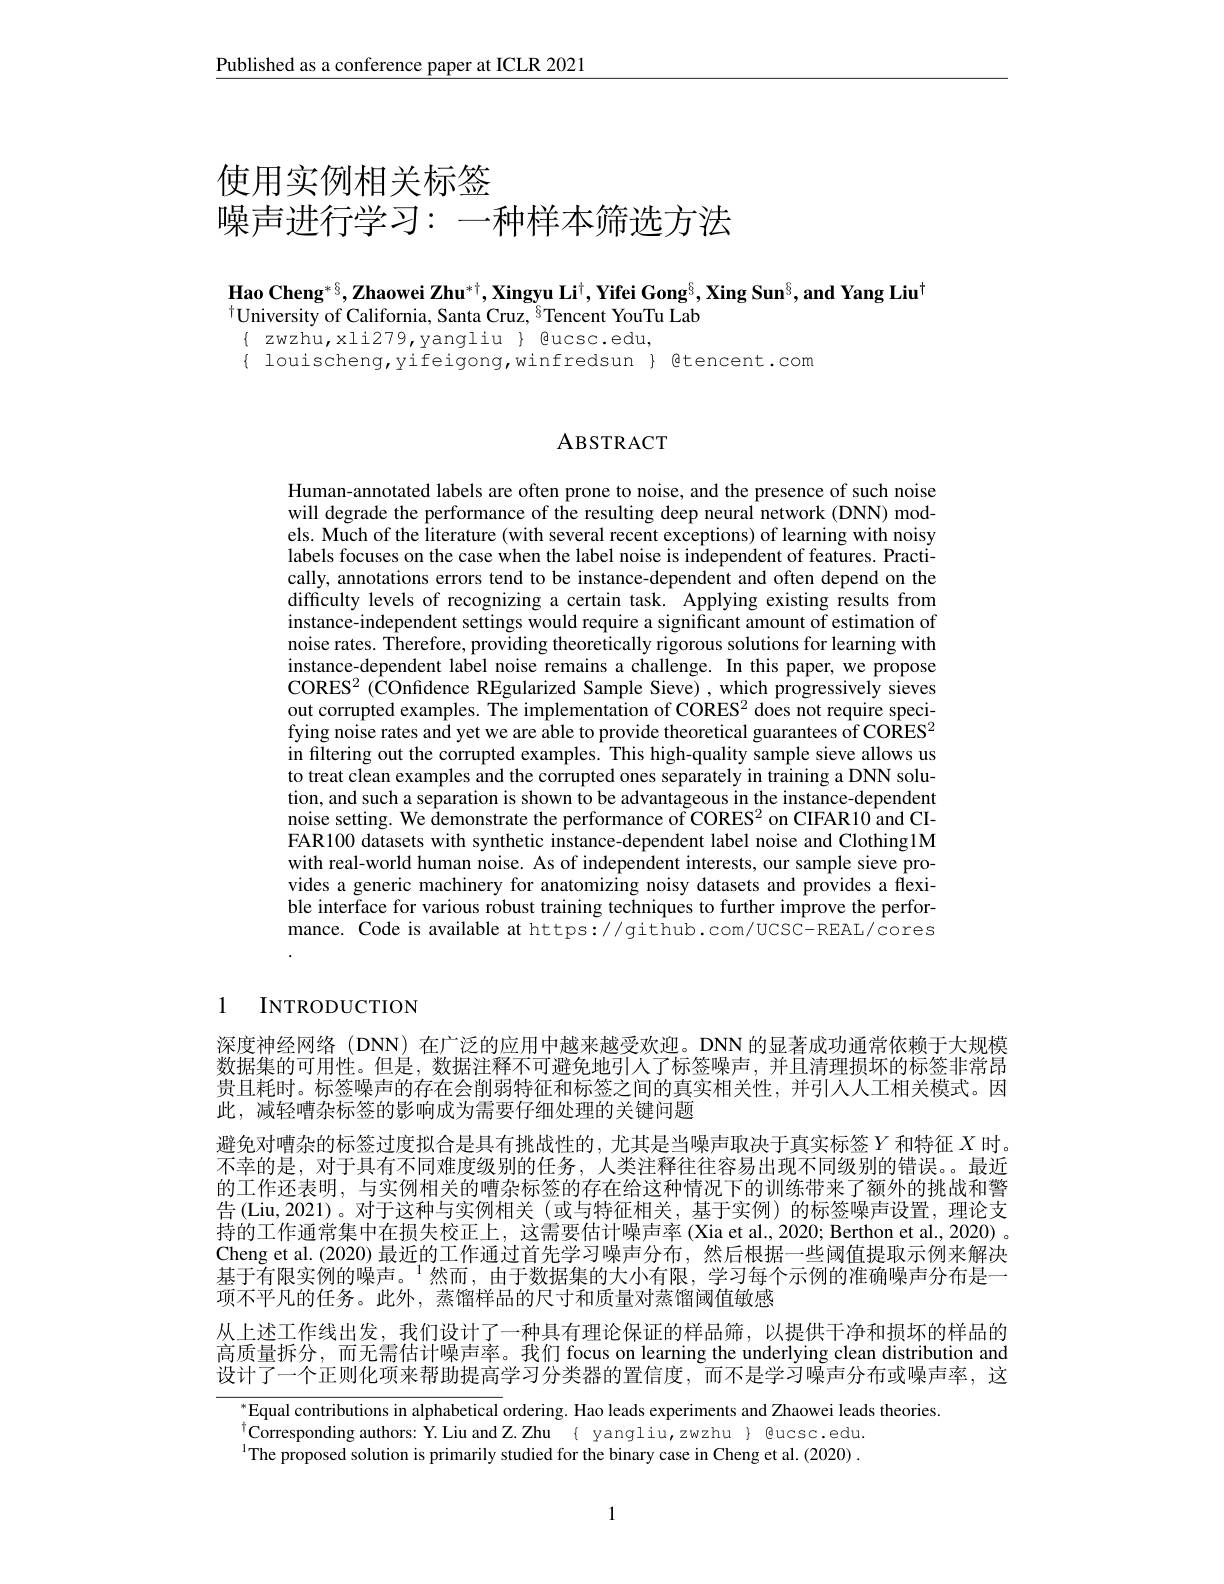
$\underline{\text{Published as a conference paper at ICLR 2021}}$

# 使用实例相关标签噪声进行学习：一种样本筛选方法

Hao Cheng$^*\frac\delta3,\textbf{Zhaowei Zhu}^{*\dagger},\textbf{Xingyu Li}^\dagger,\textbf{Yifei Gong}^{6},\textbf{Xing Sun}^{§},\textbf{and Yang Liu}^{\dagger}$
$^{\dagger}$University of California, Santa Cruz, $^{8}$Tencent YouTu Lab
$\{ zwzhu, xli279,yangliu \} @ucsc.edu$,

$\{$ louischeng,yifeigong,winfredsun $\}$ gtencent.com

### ABSTRACT

Human-annotated labels are often prone to noise, and the presence of such noise will degrade the performance of the resulting deep neural network (DNN) models. Much of the literature (with several recent exceptions) of learning with noisy labels focuses on the case when the label noise is independent of features. Practically, annotations errors tend to be instance-dependent and often depend on the difficulty levels of recognizing a certain task. Applying existing results from instance-independent settings would require a significant amount of estimation of noise rates. Therefore, providing theoretically rigorous solutions for learning with instance-dependent label noise remains a challenge. In this paper, we propose CORES$^2($COnfdence REgularized Sample Sieve),which progressively sieves out corrupted examples. The implementation of CORES$^2$ does not require specifying noise rates and yet we are able to provide theoretical guarantees of CORES$^2$ in filtering out the corrupted examples. This high-quality sample sieve allows us to treat clean examples and the corrupted ones separately in training a DNN solution, and such a separation is shown to be advantageous in the instance-dependent noise setting. We demonstrate the performance of CORES$^2$ on CIFAR10 and CIFAR100 datasets with synthetic instance-dependent label noise and Clothing1M with real-world human noise. As of independent interests, our sample sieve provides a generic machinery for anatomizing noisy datasets and provides a flexible interface for various robust training techniques to further improve the performance. Code is available at https://github.com/UCSC-REAL/cores

# 1 INTRODUCTION

深度神经网络 (DNN) 在广泛的应用中越来越受欢迎。DNN 的显著成功通常依赖于大规模数据集的可用性。但是，数据注释不可避免地引人了标签噪声，并且清理损坏的标签非常昂贵且耗时。标签噪声的存在会削弱特征和标签之间的真实相关性，并引人人工相关模式。因此，减轻嘈杂标签的影响成为需要仔细处理的关键问题
避免对嘈杂的标签过度拟合是具有挑战性的，尤其是当噪声取决于真实标签$Y$和特征 $X$ 时。不幸的是，对于具有不同难度级别的任务，人类注释往往容易出现不同级别的错误。最近的工作还表明，与实例相关的嘈杂标签的存在给这种情况下的训练带来了额外的挑战和警告 (Liu,2021)。对于这种与实例相关 (或与特征相关，基于实例) 的标签噪声设置，理论支持的工作通常集中在损失校正上，这需要估计噪声率 (Xia et al., 2020; Berthon et al., 2020) 。Cheng et al. (2020) 最近的工作通过首先学习噪声分布，然后根据一些阈值提取示例来解决基于有限实例的噪声。$^{1}$然而，由于数据集的大小有限，学习每个示例的准确噪声分布是一项不平凡的任务。此外，蒸馏样品的尺寸和质量对蒸馏阈值敏感
从上述工作线出发，我们设计了一种具有理论保证的样品筛，以提供干净和损坏的样品的

高质量拆分，而无需估计噪声率。我们 focus on learning the underlying clean distribution and 设计了一个正则化项来帮助提高学习分类器的置信度，而不是学习噪声分布或噪声率，这
${^*\text{Equal contributions in alphabetical }}$ordering. Hao leads experiments and Zhaowei leads theories
${\dagger}{\mathrm{Corresponding~authors:~Y.~Liu~and~Z.~Zhu~\{~yangliu,zwzhu~\}~@ucsc.edu.}}$ ${\mathrm{Th}}$ $^{\text{l}}$The proposed solution is primarily studied for the binary case in Cheng et al. (2020)

1